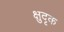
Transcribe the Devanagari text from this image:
क्षुदृक